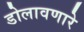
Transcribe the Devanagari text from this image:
डोलावणारे